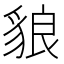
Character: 𧳓